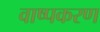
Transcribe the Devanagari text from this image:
वाष्पकरण